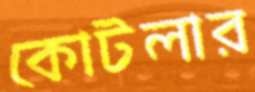
কোটলার